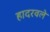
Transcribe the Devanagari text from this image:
हादरवले